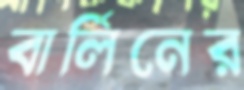
বার্লিনের